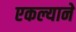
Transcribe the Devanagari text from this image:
एकल्याने